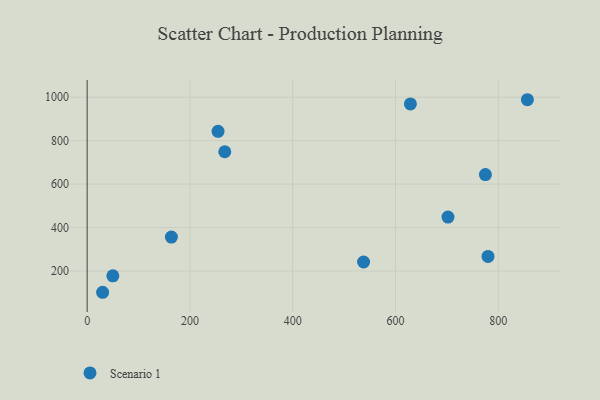
{"axis": {"x": "Experience", "y": "Demand"}, "legend": ["Scenario 1"], "data": [{"x": "30.1", "y": 102.2, "type": "Scenario 1"}, {"x": "780.0", "y": 267.1, "type": "Scenario 1"}, {"x": "50.0", "y": 178.1, "type": "Scenario 1"}, {"x": "537.9", "y": 241.5, "type": "Scenario 1"}, {"x": "163.9", "y": 356.2, "type": "Scenario 1"}, {"x": "774.9", "y": 643.9, "type": "Scenario 1"}, {"x": "267.8", "y": 748.7, "type": "Scenario 1"}, {"x": "254.7", "y": 843.0, "type": "Scenario 1"}, {"x": "702.1", "y": 448.0, "type": "Scenario 1"}, {"x": "629.0", "y": 969.1, "type": "Scenario 1"}, {"x": "856.6", "y": 988.2, "type": "Scenario 1"}]}